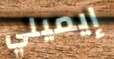
إيميلي